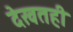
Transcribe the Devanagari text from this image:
देखतही